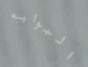
البوابه